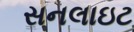
સનલાઇટ